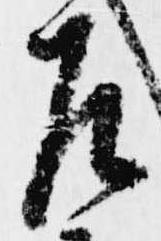
左